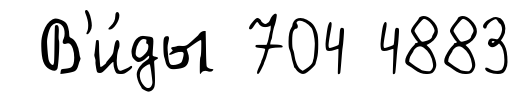
В'и́ды 704 4883